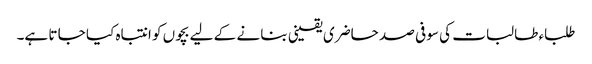
طلباء طالبات کی سو فی صد حاضری یقینی بنا نے کے لیے بچوں کو انتباہ کیا جا تا ہے۔